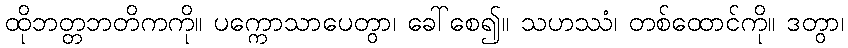
ထိုဘတ္တဘတိကကို။ ပက္ကောသာပေတွာ၊ ခေါ်စေ၍။ သဟဿံ၊ တစ်ထောင်ကို။ ဒတွာ၊